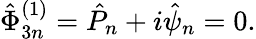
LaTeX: \hat{\Phi}_{3n}^{(1)}=\hat{P}_{n}+i\hat{\psi}_{n}=0.